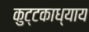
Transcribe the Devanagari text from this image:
कुट्टकाध्याय